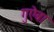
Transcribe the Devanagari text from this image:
गुऐबा